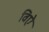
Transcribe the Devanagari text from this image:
विऐ